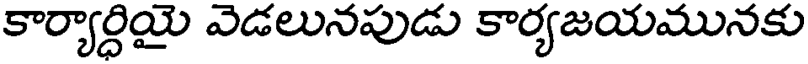
కార్యార్ధియై వెడలునపుడు కార్యజయమునకు